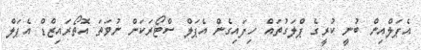
އެޕަލްއިން ބުނީ ކުރީގެ ޕްލަގުތައް ހިފައިގެން އެޕަލް ސްޓޯރަކަށް ނުވަތަ އޮތޯރައިޒްޑް އެޕަލް